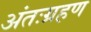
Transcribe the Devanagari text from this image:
अंतःग्रहण